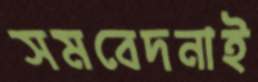
সমবেদনাই